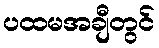
ပထမအချီတွင်